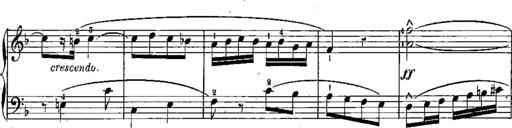
Title: 6 Sonatines
Composer: Albert Lavignac
Key: C major
 G major
 D major
 A minor
 F major
 B-flat major